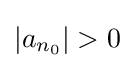
\left|a_{n_{0}}\right|>0